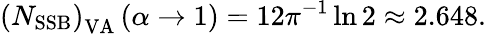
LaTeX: \left(N_{\mathrm{SSB}}\right)_{\mathrm{VA}}\left(\alpha\rightarrow 1\right)=12\pi^{-1}\ln 2\approx 2.648.